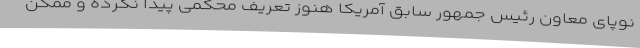
نوپای معاون رئیس جمهور سابق آمریکا هنوز تعریف محکمی پیدا نکرده و ممکن